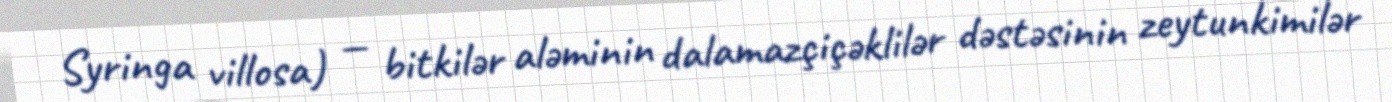
Syringa villosa) — bitkilər aləminin dalamazçiçəklilər dəstəsinin zeytunkimilər